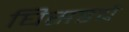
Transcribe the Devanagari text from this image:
घिसडचे